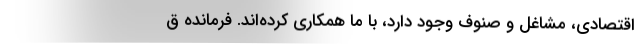
اقتصادی، مشاغل و صنوف وجود دارد، با ما همکاری کرده‌اند. فرمانده ق